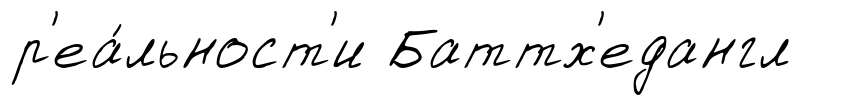
р'еа́льност'и Баттх'едангл